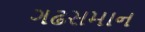
ગઢસમાન